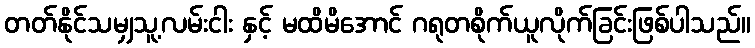
တတ်နိုင်သမျှသူ့လမ်းငါး နှင့် မထိမိအောင် ဂရုတစိုက်ယူလိုက်ခြင်းဖြစ်ပါသည်။